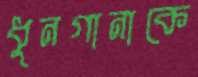
ধুনগানাকে